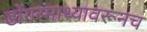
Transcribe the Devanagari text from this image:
डोंगरमाथ्यावरूनच